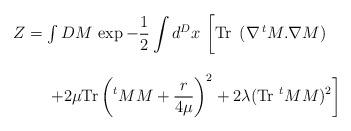
LaTeX: \begin{align*}\begin{array}{l}Z= \int DM \, \exp{\displaystyle-{1\over2} \int d^Dx\ \bigg[{\mbox{\rm Tr}} \ \,(\nabla \, ^tM .\nabla M)}\\\\\ \ \ \ \ \ \ {\displaystyle +{2\mu}{\hbox{\rm Tr}}\left({}^tM M+{r\over 4 \mu}\right)^2+2{\lambda} (\mbox{\rm Tr}\ ^tM M)^2\bigg]}\end{array}\end{align*}